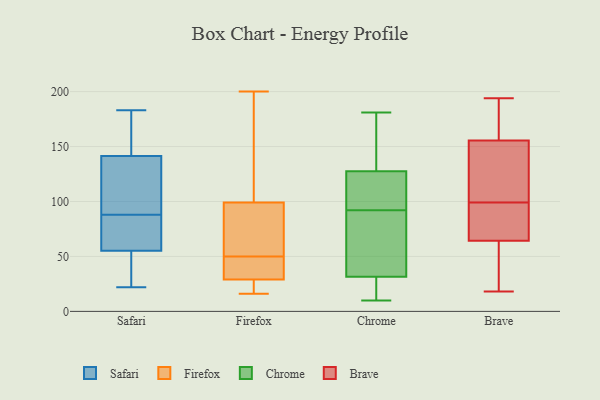
{"axis": {"x": "Customer Acquisition Cost (USD)", "y": "Value"}, "legend": ["Brave", "Chrome", "Firefox", "Safari"], "data": [{"x": "", "y": 56, "type": "Safari"}, {"x": "", "y": 77, "type": "Safari"}, {"x": "", "y": 163, "type": "Safari"}, {"x": "", "y": 158, "type": "Safari"}, {"x": "", "y": 118, "type": "Safari"}, {"x": "", "y": 75, "type": "Safari"}, {"x": "", "y": 143, "type": "Safari"}, {"x": "", "y": 54, "type": "Safari"}, {"x": "", "y": 47, "type": "Safari"}, {"x": "", "y": 22, "type": "Safari"}, {"x": "", "y": 183, "type": "Safari"}, {"x": "", "y": 55, "type": "Safari"}, {"x": "", "y": 55, "type": "Safari"}, {"x": "", "y": 170, "type": "Safari"}, {"x": "", "y": 93, "type": "Safari"}, {"x": "", "y": 69, "type": "Safari"}, {"x": "", "y": 88, "type": "Safari"}, {"x": "", "y": 137, "type": "Safari"}, {"x": "", "y": 119, "type": "Safari"}, {"x": "", "y": 104, "type": "Firefox"}, {"x": "", "y": 200, "type": "Firefox"}, {"x": "", "y": 39, "type": "Firefox"}, {"x": "", "y": 57, "type": "Firefox"}, {"x": "", "y": 16, "type": "Firefox"}, {"x": "", "y": 185, "type": "Firefox"}, {"x": "", "y": 94, "type": "Firefox"}, {"x": "", "y": 40, "type": "Firefox"}, {"x": "", "y": 48, "type": "Firefox"}, {"x": "", "y": 52, "type": "Firefox"}, {"x": "", "y": 19, "type": "Firefox"}, {"x": "", "y": 18, "type": "Firefox"}, {"x": "", "y": 19, "type": "Chrome"}, {"x": "", "y": 10, "type": "Chrome"}, {"x": "", "y": 31, "type": "Chrome"}, {"x": "", "y": 36, "type": "Chrome"}, {"x": "", "y": 165, "type": "Chrome"}, {"x": "", "y": 166, "type": "Chrome"}, {"x": "", "y": 108, "type": "Chrome"}, {"x": "", "y": 43, "type": "Chrome"}, {"x": "", "y": 14, "type": "Chrome"}, {"x": "", "y": 97, "type": "Chrome"}, {"x": "", "y": 181, "type": "Chrome"}, {"x": "", "y": 33, "type": "Chrome"}, {"x": "", "y": 104, "type": "Chrome"}, {"x": "", "y": 151, "type": "Chrome"}, {"x": "", "y": 102, "type": "Chrome"}, {"x": "", "y": 13, "type": "Chrome"}, {"x": "", "y": 92, "type": "Chrome"}, {"x": "", "y": 54, "type": "Chrome"}, {"x": "", "y": 134, "type": "Chrome"}, {"x": "", "y": 62, "type": "Brave"}, {"x": "", "y": 131, "type": "Brave"}, {"x": "", "y": 79, "type": "Brave"}, {"x": "", "y": 66, "type": "Brave"}, {"x": "", "y": 99, "type": "Brave"}, {"x": "", "y": 174, "type": "Brave"}, {"x": "", "y": 112, "type": "Brave"}, {"x": "", "y": 28, "type": "Brave"}, {"x": "", "y": 73, "type": "Brave"}, {"x": "", "y": 59, "type": "Brave"}, {"x": "", "y": 18, "type": "Brave"}, {"x": "", "y": 155, "type": "Brave"}, {"x": "", "y": 65, "type": "Brave"}, {"x": "", "y": 180, "type": "Brave"}, {"x": "", "y": 194, "type": "Brave"}, {"x": "", "y": 120, "type": "Brave"}, {"x": "", "y": 157, "type": "Brave"}]}